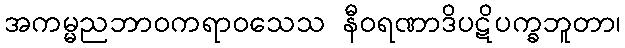
အကမ္မညဘာဝကရာဝသေသ နီဝရဏာဒိပဋိပက္ခဘူတာ၊